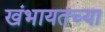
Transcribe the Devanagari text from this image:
खंभायतच्या